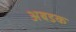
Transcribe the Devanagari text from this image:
अबडक